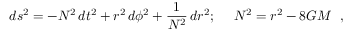
d s ^ { 2 } = - N ^ { 2 } \, d t ^ { 2 } + r ^ { 2 } \, d \phi ^ { 2 } + { \frac { 1 } { N ^ { 2 } } } \, d r ^ { 2 } ; ~ ~ ~ ~ N ^ { 2 } = r ^ { 2 } - 8 G M \ \ ,